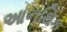
આનથિક